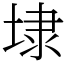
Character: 埭